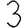
Digit: 3